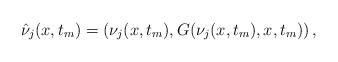
LaTeX: \begin{align*} \hat{\nu}_{j}(x,t_{m})=\left(\nu_{j}(x,t_{m}),G(\nu_{j}(x,t_{m}),x,t_{m})\right),\end{align*}